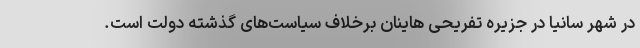
در شهر سانیا در جزیره تفریحی هاینان برخلاف سیاست‌های گذشته دولت است.